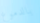
بالدموع